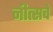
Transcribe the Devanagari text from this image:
नीत्सचे